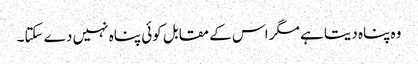
وہ پناہ دیتا ہے مگر اس کے مقابل کوئی پناہ نہیں دے سکتا۔